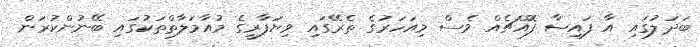
ބަދަލުގައި އާ ފައިސާ ފޮއްޗެއް ވެސް މިއަހަރުގެ ތެރޭގައި ވިޔަފާރީގެ މުއާމަލާތްތަކުގައި ބޭނުންކުރަން